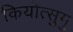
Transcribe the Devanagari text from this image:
कियोत्सुगु